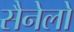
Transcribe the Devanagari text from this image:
सैनेलो